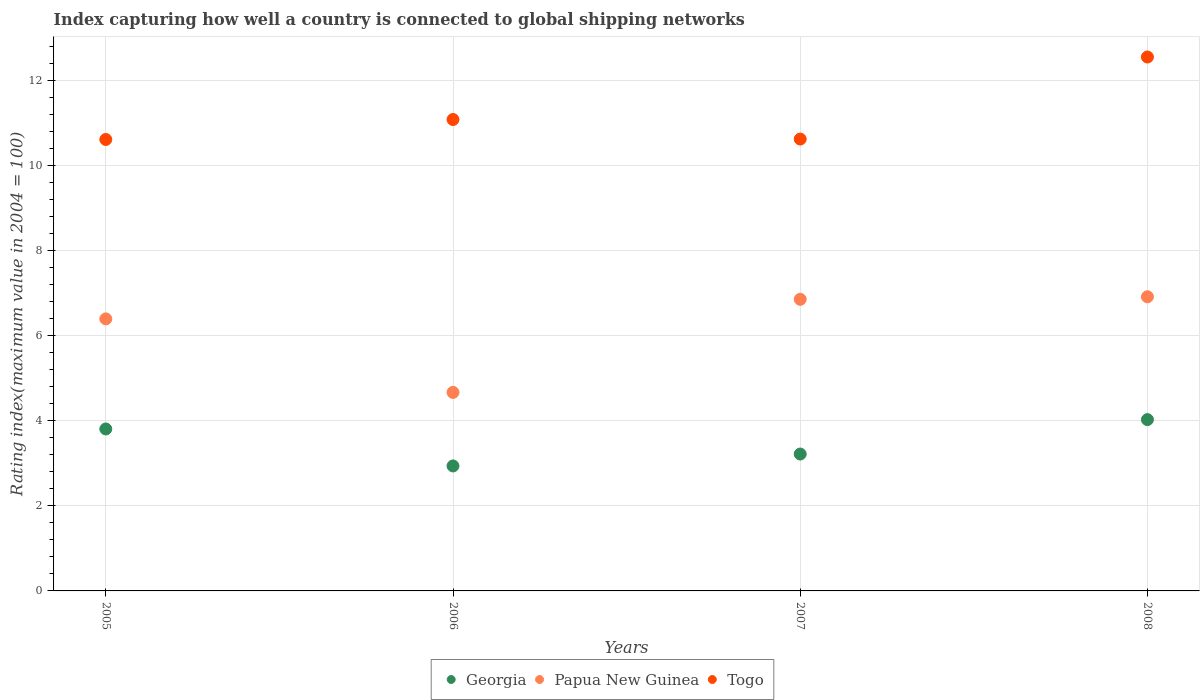
| Years | Georgia | Papua New Guinea | Togo |
 | --- | --- | --- | --- |
 | 2005 | 3.81 | 6.4 | 10.6 |
 | 2006 | 2.94 | 4.67 | 11.1 |
 | 2007 | 3.22 | 6.86 | 10.6 |
 | 2008 | 4.03 | 6.92 | 12.6 |